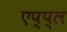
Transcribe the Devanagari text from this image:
एप्‍प्‍ल